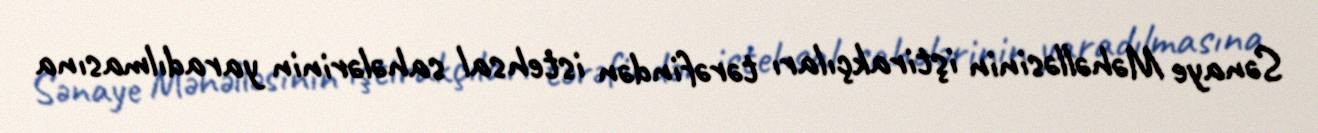
Sənaye Məhəlləsinin iştirakçıları tərəfindən istehsal sahələrinin yaradılmasına